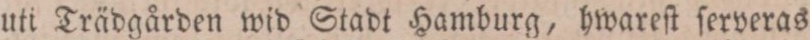
uti Trädgården wid Stadt Hamburg, hwareſt ſerveras